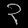
Digit: ၃